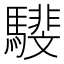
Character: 𩦎